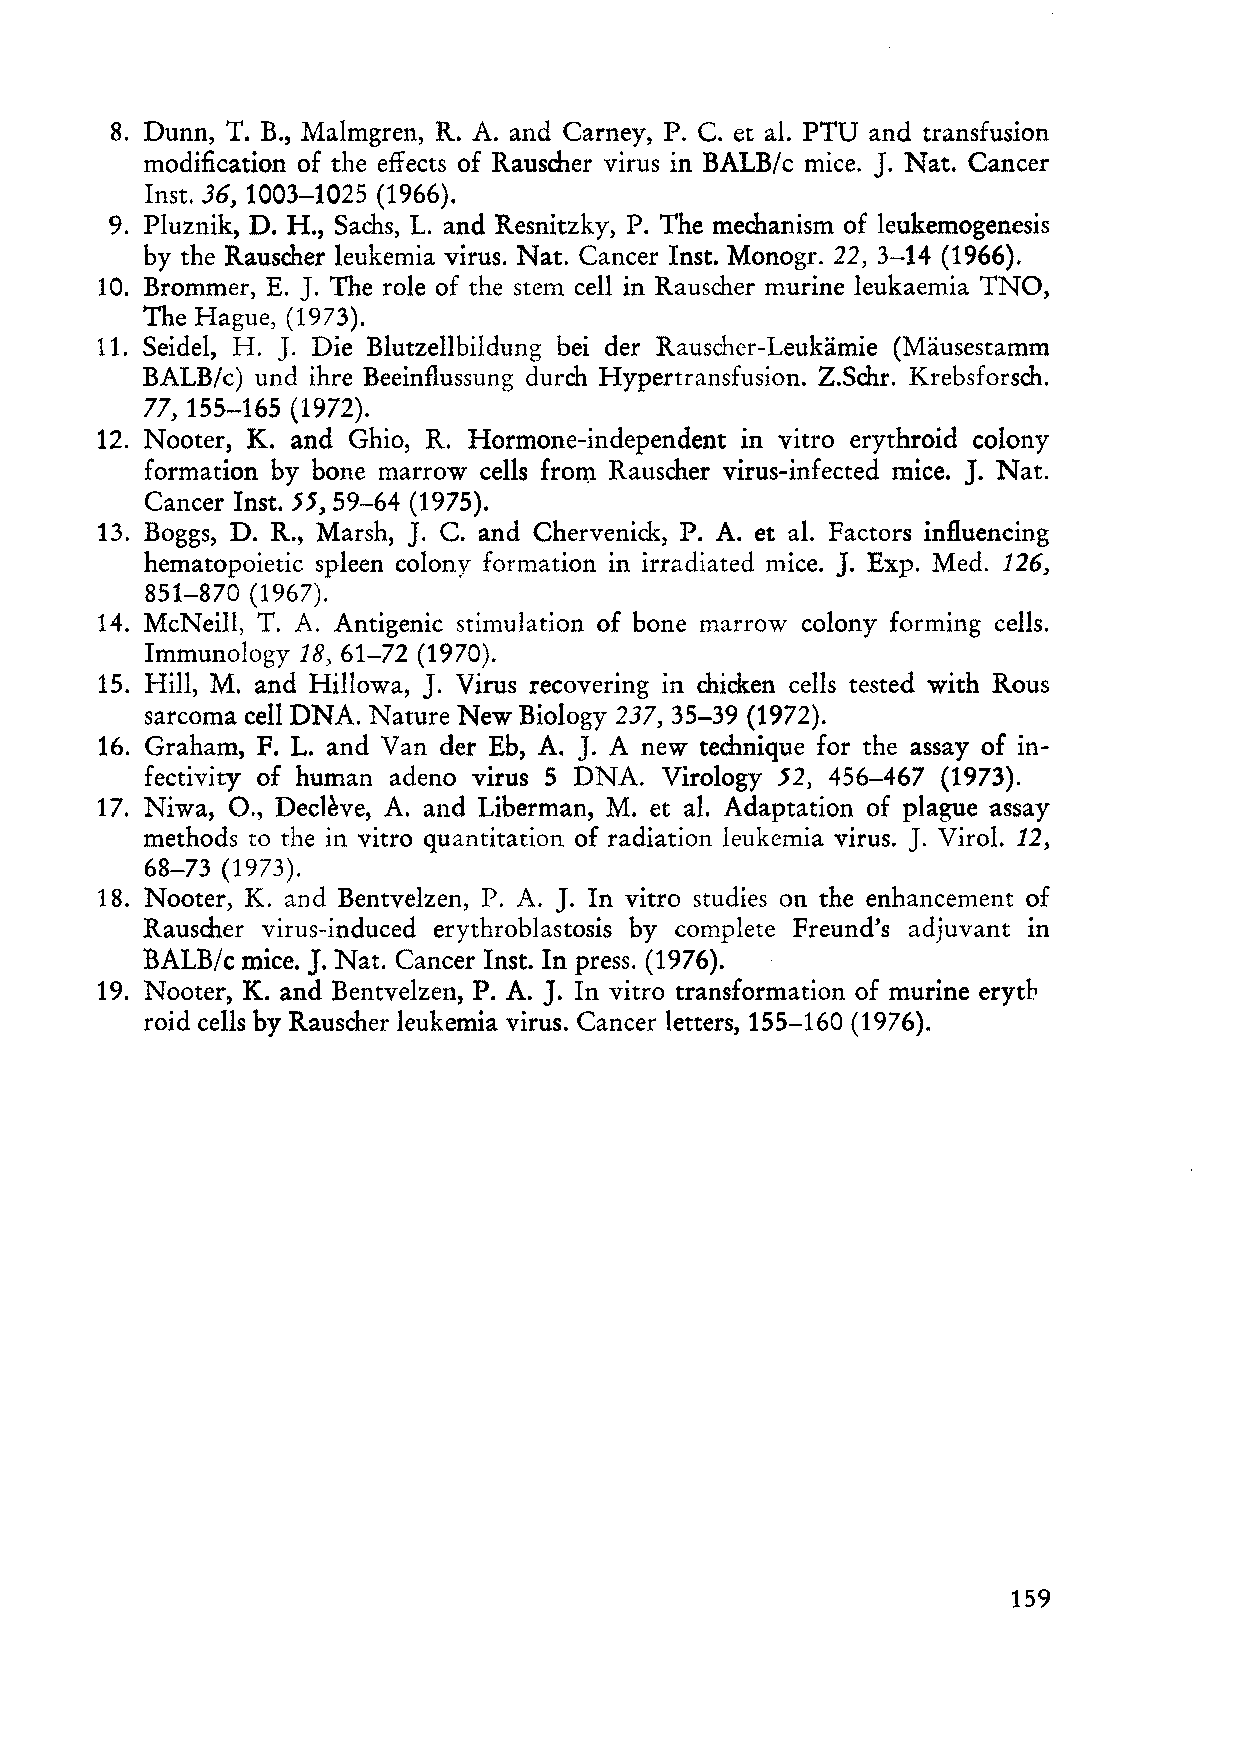
8. Dunn, T. B., Malmgren, R. A. and Carney, P. C. et al. PTU and transfusion
 J.
 modification of the effects of Rauscher virus in BALB/c mice. Nat. Cancer
 Inst. 36, 1003-1025 (1966).
 9. Pluznik, D. H., Sachs, L. and Resnitzky, P. The mechanism of leukemogenesis
 by the Rauscher leukemia virus. Nat. Cancer Inst. Monogr. 22, 3-14 (1966).
 J.
 10. Brommer, E. The role of the stern cell in Rauscher murine leukaemia TNO,
 The Hague, (1973).
 J.
 11. Seidel, H. Die Blutzellbildung bei der Rauscher-Leukämie (Mäusestamm
 BALB/c) und ihre Beeinflussung durch Hypertransfusion. 2.Schr. Krebsforsch.
 77, 155-165 (1972).
 12. Nooter, K. and Ghio, R. Hormone-independent in vitro erythroid colony
 J.
 formation by bone marrow cells from Rauscher virus-infected mice. Nat.
 Cancer Inst. 55,59-64 (1975).
 J.
 13. Boggs, D. R., Marsh, C. and Chervenick., P. A. et al. Factors influencing
 J.
 hematopoietic spleen colony formation in irradiated mice. Exp. Med. 126,
 851-870 (1967).
 14. McNeill, T. A. Antigenic stimulation of bone marrow colony forming cells.
 Immunology 18,61-72 (1970).
 J.
 15. HilI, M. and Hillowa, Virus recovering in chick.en cells tested with Rous
 sarcoma cell DNA. Nature New Biology 237, 35-39 (1972).
 J.
 16. Graham, F. L. and Van der Eb, A. A new technique for the assay of in
 fectivity of human adeno virus 5 DNA. Virology 52, 456-467 (1973).
 17. Niwa, 0., Decleve, A. and Liberman, M. et al. Adaptation of plague assay
 J.
 methods to the in vitro quantitation of radiation Ieukemia virus. Virol. 12,
 68-73 (1973).
 J.
 18. Nooter, K. and Bentvelzen, P. A. In vitro studies on the enhancement of
 Rauscher virus-induced erythroblastosis by complete Freund's adjuvant in
 J.
 BALB/c mice. Nat. Cancer Inst. In press. (1976).
 J.
 19. Nooter, K. and Bentvelzen, P. A. In vitro transformation of murine erytb
 roid cells by Rauscher leukemia virus. Cancer letters, 155-160 (1976).
 159